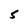
Character: 5